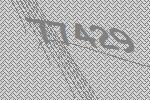
77429